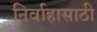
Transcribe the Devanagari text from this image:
निर्वाहासाठी